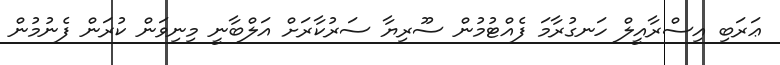
ޢަރަބި އިސްރާއީލް ހަނގުރާމަ ފެއްޓުމުން ސޫރިޔާ ސަރުކާރަށް އަލްބާނީ މިނިވަން ކުރަން ފެނުމުން